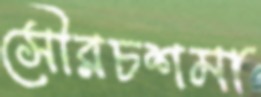
সৌরচশমা